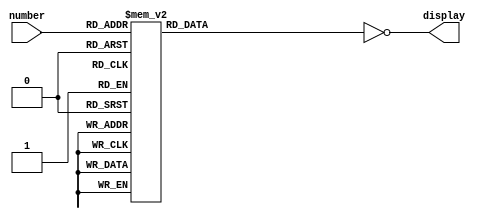
module seven_seg(input [3:0] number,  output [6:0] display);

reg [6:0] m_output;

always @ (*) begin
case(number)
    4'd0:  m_output = 7'b0111111;
    4'd1:  m_output = 7'b0000110;
    4'd2:  m_output = 7'b1011011;
    4'd3:  m_output = 7'b1001111;
    4'd4:  m_output = 7'b1100110;
    4'd5:  m_output = 7'b1101101;
    4'd6:  m_output = 7'b1111101;
    4'd7:  m_output = 7'b0000111;
    4'd8:  m_output = 7'b1111111;
    4'd9:  m_output = 7'b1101111;
    4'd10: m_output = 7'b1110111;
    4'd11: m_output = 7'b1111100;
    4'd12: m_output = 7'b1011000;
    4'd13: m_output = 7'b1011110;
    4'd14: m_output = 7'b1111001;
    4'd15: m_output = 7'b1110001;
endcase
end

assign display = ~m_output;

endmodule